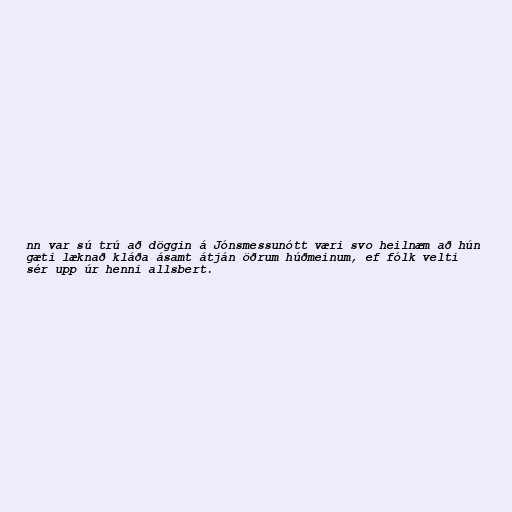
nn var sú trú að döggin á Jónsmessunótt væri svo heilnæm að hún
gæti læknað kláða ásamt átján öðrum húðmeinum, ef fólk velti
sér upp úr henni allsbert.